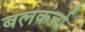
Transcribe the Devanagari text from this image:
बलकर्त्ता